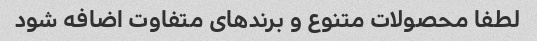
لطفا محصولات متنوع و برندهای متفاوت اضافه شود